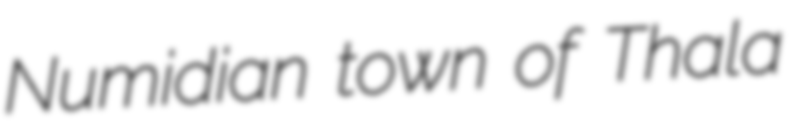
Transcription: Numidian town of Thala